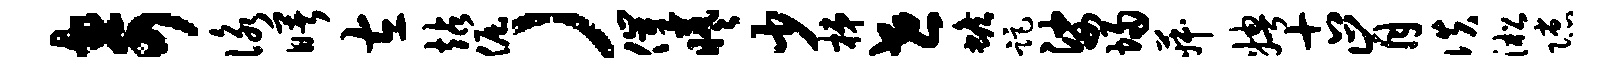
奇咏曙左站倔）催曦少梯世蟾距娑埽菽娉古肯佚淞隙